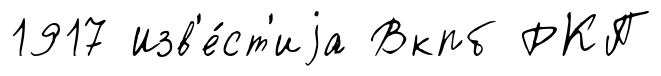
1917 Изв'е́ст'иjа Вкпб РКП